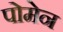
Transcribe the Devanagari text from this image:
पोमेन